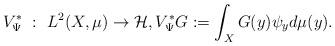
LaTeX: \begin{align*} V_\Psi^\ast~:~ L^2(X,\mu) \rightarrow \mathcal H,V_\Psi^\ast G := \int_X G(y)\psi_y d\mu(y). \end{align*}